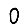
Digit: 0